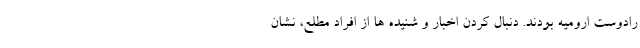
رادوست ارومیه بودند. دنبال کردن اخبار و شنیده ها از افراد مطلع، نشان